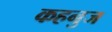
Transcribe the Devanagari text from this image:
कहनुज